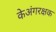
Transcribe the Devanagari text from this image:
केअंगरक्षक